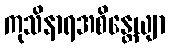
ကုသိနာရအစိန္တေယျာ